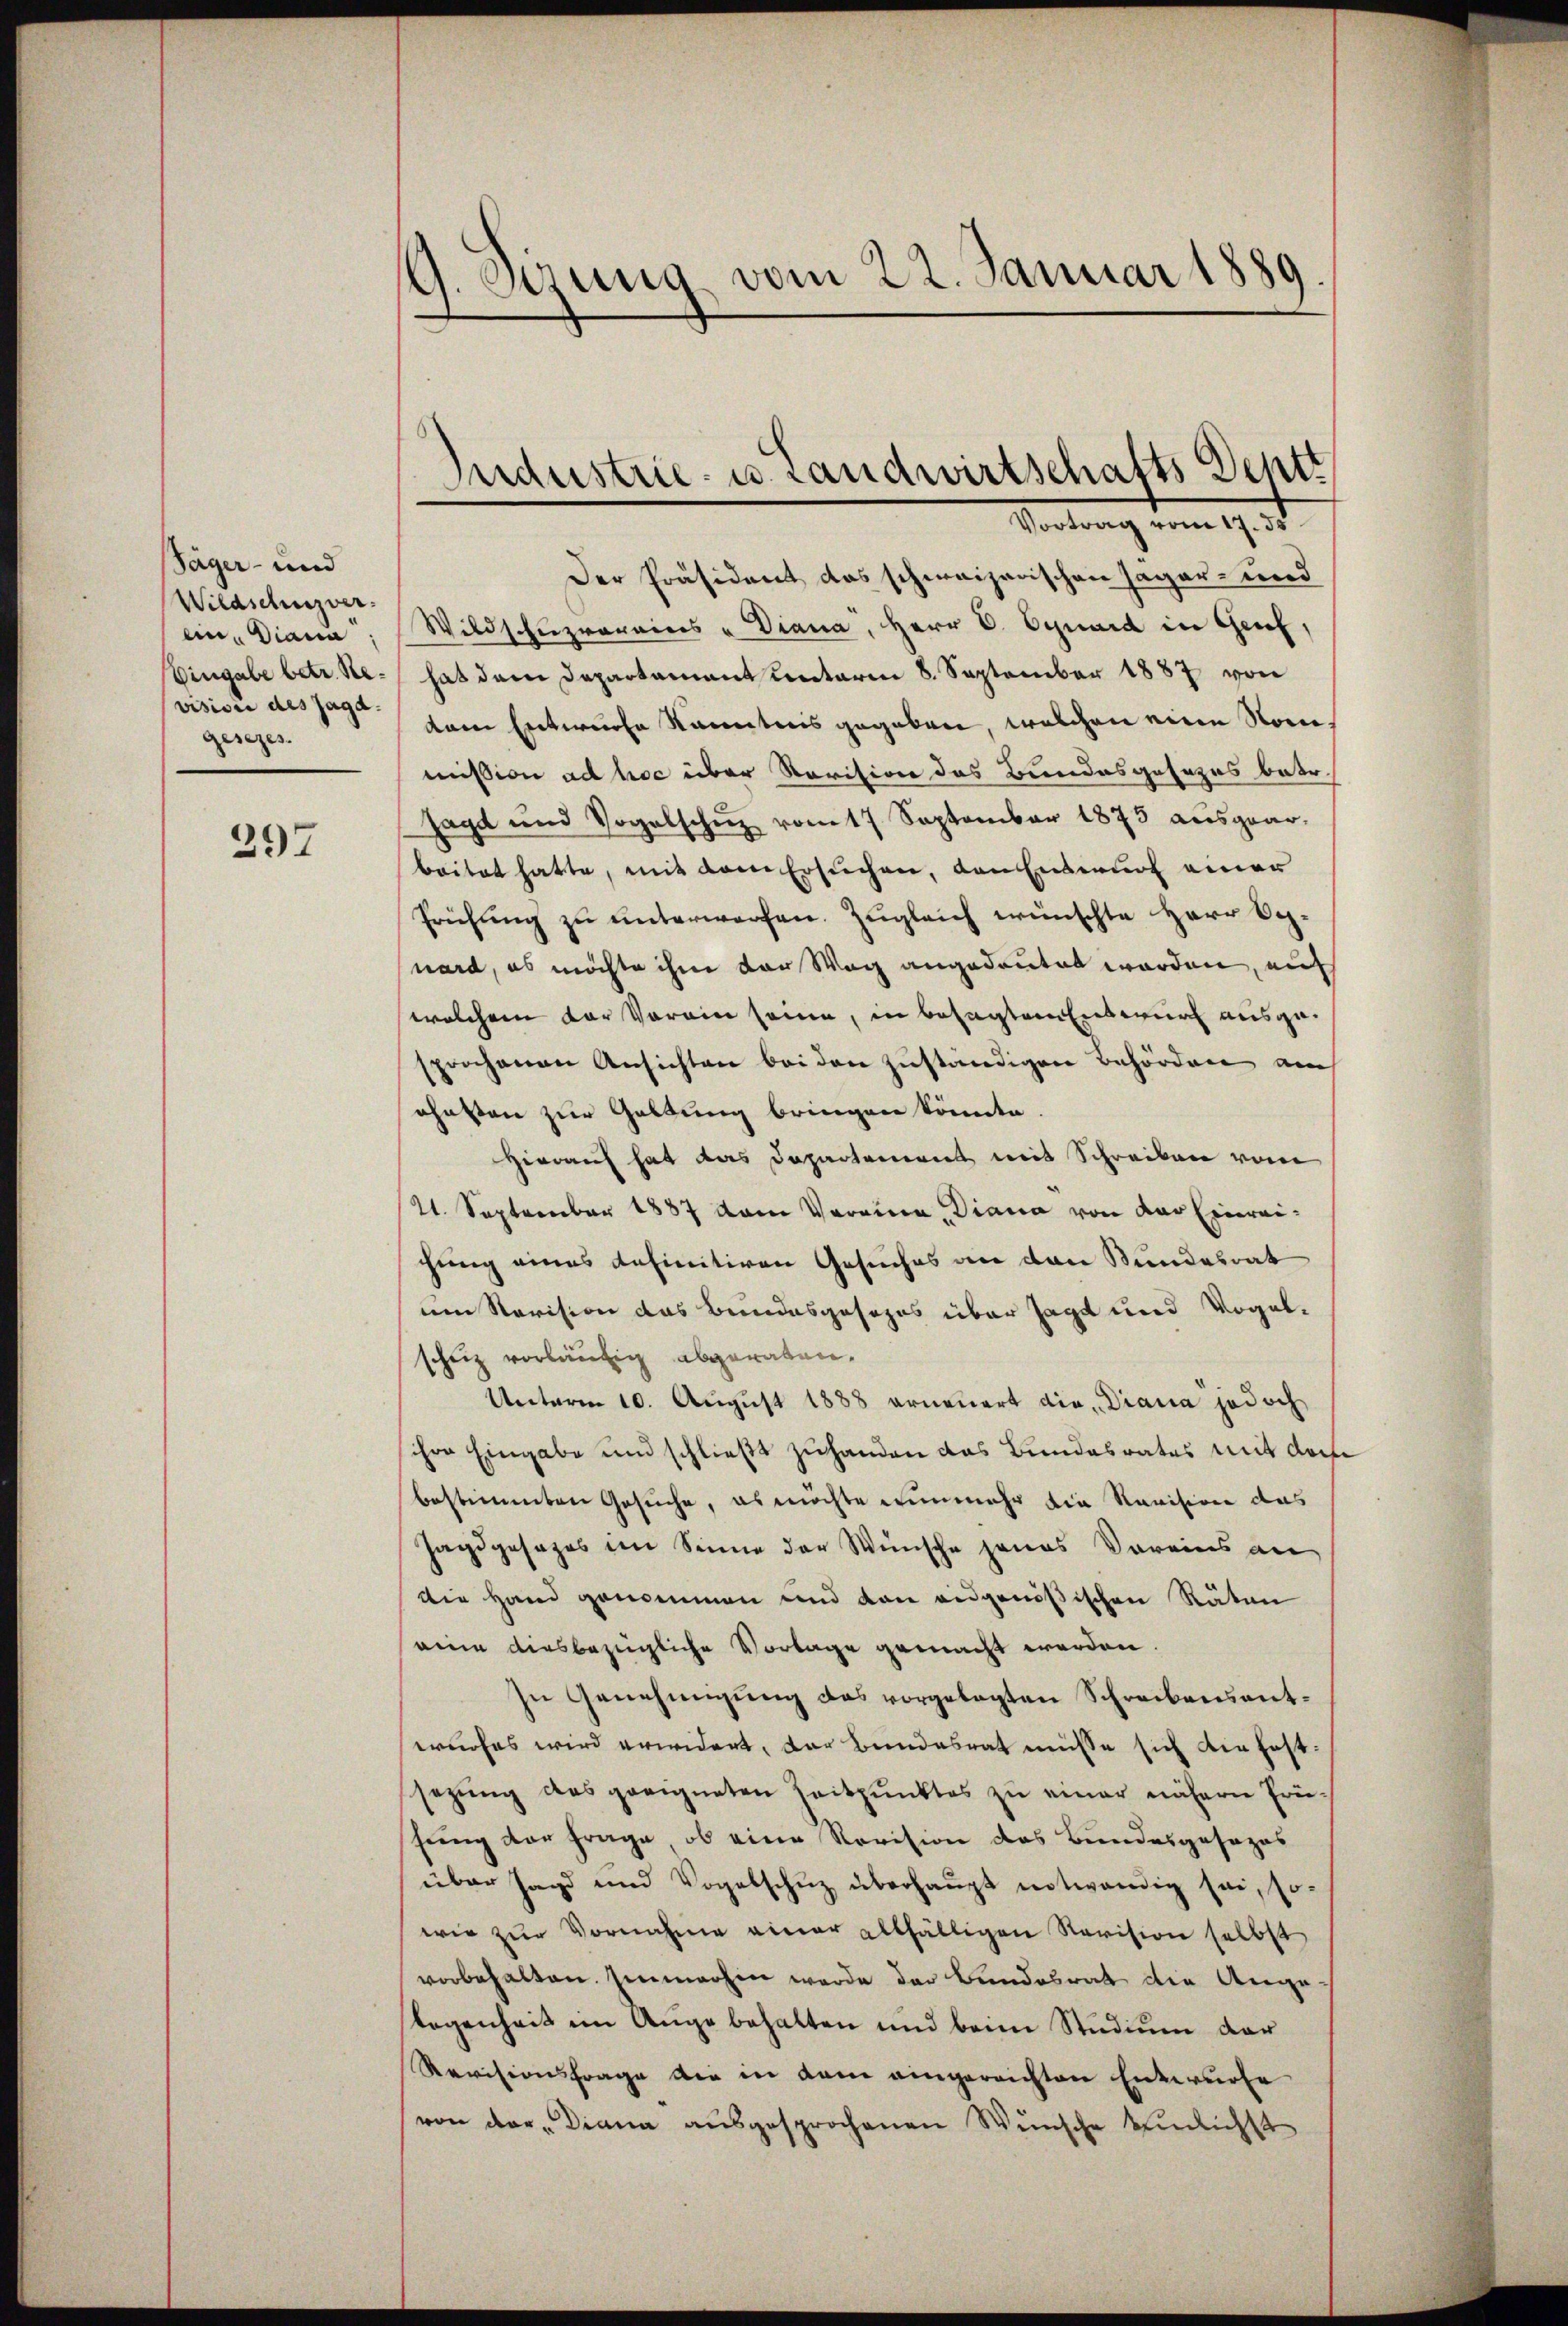
Säger- und
Wildschuzver.
ein, Diana
Eingabe betr. Revision des Jagd-
gesezes.

297

G. Etzung vom 22. Januar 1889

Industrie- u. Landwirtschafts Deptt
Vortrag vom 19. 3.

Der Präsident das schweizerischen Jagar- und
Wildschuzorains - Diana, Herr V. Oguard in Genf,
hat dem Departamant unterm 8. September 1887 von
kam Entweiche Kenntnis gegeben, welchen eine Sonmission ad hoc über Revision das Bundesgesezes betr.
sagt und Vogelschŭz vom 17 September 1873 aŭsgear-
beitet hatte, mit dem Ersuchen, den Entwurf einer
Prüfŭng zŭ ŭnterworfen. Zugleich wünschte Herr Och-
nard, es möchte ihm der Weg angedeutet worden, auf
welchem der Vorain seine, in besagtem Entwurf ausgesprochenen Ansichten bei den zuständigen Behörden auch
ohnten zur Geltung bringen könnte
Hierauf hat das Departement mit Schreiben vom
21. September 1887 dem Vereine, Diana von der Einreichung eines definitiven Gesuches an den Bundesrat
um Revision das Bundesgesezes über sagt und Vogelschuz vorläufig abgeraten.
Unterm 10. August 1888 erneuert die Diana jedoch
ihre Eingabe und schließt zuhanden das Bundesrates mit doc
bestimmten Gesuche, es möchte nunmehr die Revision das
Jagdgesezes im Sinne der Wünsche jenes Voreins an
Die Hand genommen und dan eidgenößischen Räten
eine diesbezügliche Vorlage gemacht werden
In Genehmigŭng des vorgelegten Schreibensantwurfes wird erwidert, der Bundesrat müsse sich die fest:
sezung des geeigneten Zeitpunktes zu einer nähern Prüsung der Frage, ob eine Revision des Bundesgesezes
über Jagd und Vogelschuz überhaupt notwendig sei, so-
wie zur Vornahme einer allfälligen Revision selbst
vorbehalten. Zumachen werde der Bundesrat die Angelegenheit im Auge behalten und beim Studium dar
Revisionsfrage die in dem eingereichten Entwurfe
von der „Diana ausgesprochenen Wünsche einlichst